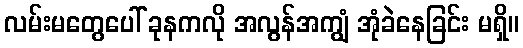
လမ်းမတွေပေါ် ခုနကလို အလွန်အကျွံ အုံခဲနေခြင်း မရှိ။